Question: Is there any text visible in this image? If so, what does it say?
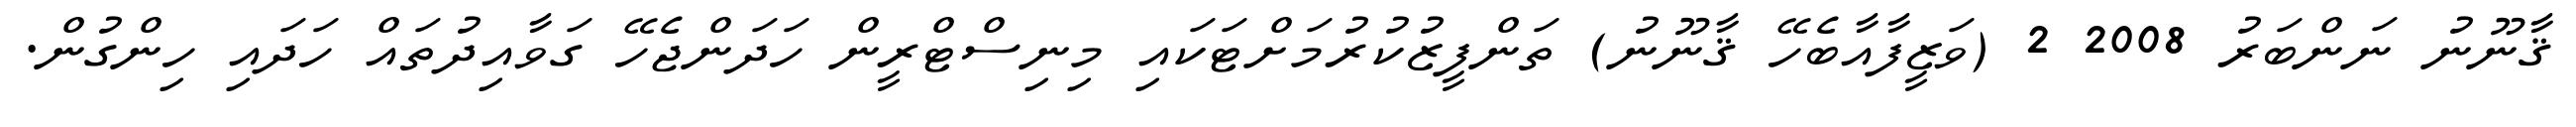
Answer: ޤާނޫނު ނަންބަރު 2008 2 (ވަޒީފާއާބެހޭ ޤާނޫނު) ތަންފީޒުކުރުމަށްޓަކައި މިނިސްޓްރީން ހަދަންޖެހޭ ގަވާއިދުތައް ހަދައި ހިންގުން.